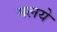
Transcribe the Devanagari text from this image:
मलये